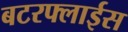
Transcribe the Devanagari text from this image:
बटरफ्लाईस